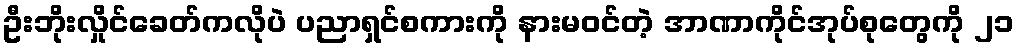
ဦးဘိုးလှိုင်ခေတ်ကလိုပဲ ပညာရှင်စကားကို နားမဝင်တဲ့ အာဏာကိုင်အုပ်စုတွေကို ၂၁